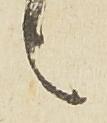
言